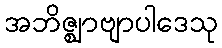
အဘိဇ္ဈာဗျာပါဒေသု